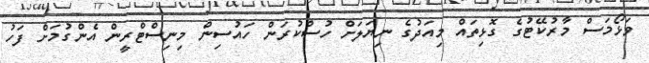
ވަޅޯމަސް މާރުކޭޓުގެ ގޮޅިތައް މިއަދުގެ ނިޔަލަށް ހުސްކުރަން ހައުސިން މިނިސްޓްރީން އެންގުމަށް ފަހު